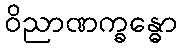
ဝိညာဏက္ခန္ဓော